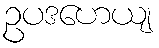
ဥပဒဟေယျ